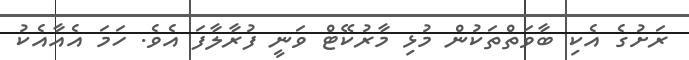
ރަށުގެ އެކި ބާވަތްތަކުން މުޅި މާރުކޭޓް ވަނީ ފުރާލާފަ އެވެ. ހަމަ އެއާއެކު